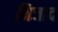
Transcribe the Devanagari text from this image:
निजाद